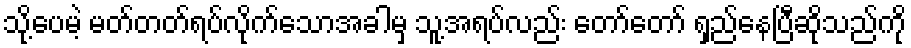
သို့ပေမဲ့ မတ်တတ်ရပ်လိုက်သောအခါမှ သူ့အရပ်လည်း တော်တော် ရှည်နေပြီဆိုသည်ကို